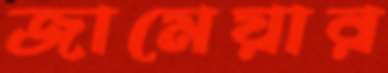
জামেয়ার